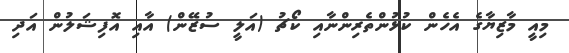
މިއީ މާޒިޔާގެ އެހެން ކުޅުންތެރިންނާއި ކޯޗު (އަލީ ސުޒޭން) އާއި އޮފިޝަލުން އަދި